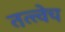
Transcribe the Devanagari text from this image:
तत्त्वेच